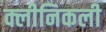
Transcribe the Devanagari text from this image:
क्लीनिकली